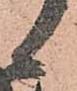
候